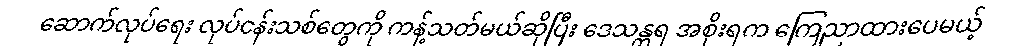
ဆောက်လုပ်ရေး လုပ်ငန်းသစ်တွေကို ကန့်သတ်မယ်ဆိုပြီး ဒေသန္တရ အစိုးရက ကြေညာထားပေမယ့်